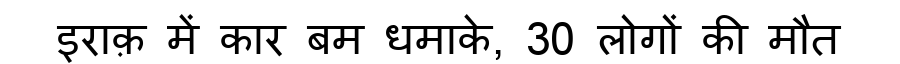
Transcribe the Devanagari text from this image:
इराक़ में कार बम धमाके, 30 लोगों की मौत